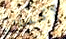
لإكمال